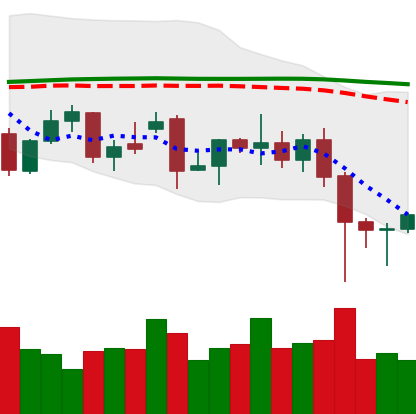
Ticker: XMR-USD
Chart end date: 2021-12-07
Forward return: -4.556%
Label: down_3_5